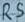
Text: RS